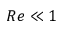
R e \ll 1